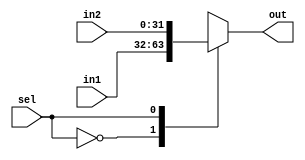
module MUX #(
parameter	M_WIDTH = 32
)(
input	wire sel ,
input	wire [M_WIDTH-1:0] in1 ,
input	wire [M_WIDTH-1:0] in2 ,
output  reg  [M_WIDTH-1:0] out ) ;

always @ (*)
	begin 
		case (sel)
			1'b0 : out = in1 ;
			1'b1 : out = in2 ;
		endcase 
    end
endmodule